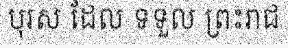
បុរស ដែល ទទួល ព្រះរាជ